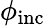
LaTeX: \phi_{\mathrm{inc}}